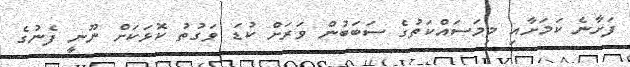
ފަށާނެ ކަމަށާއި މިމަސައްކަތުގެ ސަބަބުން ވަރަށް ކުޑަ ވަގުތު ކޮޅަކަށް ނޫނީ ފެނުގެ